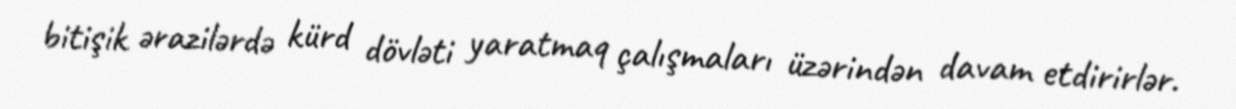
bitişik ərazilərdə kürd dövləti yaratmaq çalışmaları üzərindən davam etdirirlər.